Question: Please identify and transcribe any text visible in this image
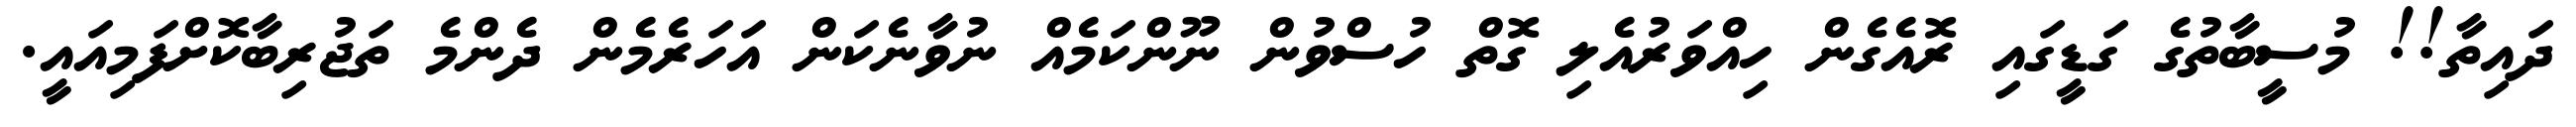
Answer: ދައިތާ!! މުސީބާތުގެ ގަޑީގައި ރޮއެގެން ހިއްވަރުއެލި ގޮތް ހުސްވުން ނޫންކަމެއް ނުވާނެކަން އަހަރެމެން ދެންމެ ތަޖުރިބާކޮށްފަމިއައީ.